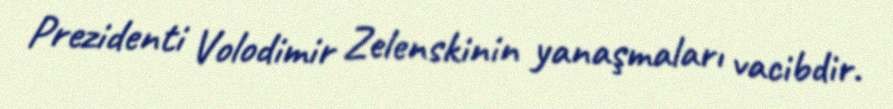
Prezidenti Volodimir Zelenskinin yanaşmaları vacibdir.